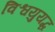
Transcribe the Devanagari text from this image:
विश्वयुयद्ध